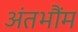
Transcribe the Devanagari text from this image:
अंतभौंम